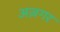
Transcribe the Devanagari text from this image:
अज़गर